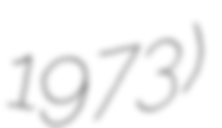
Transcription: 1973)